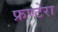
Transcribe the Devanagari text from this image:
फ्रण्टेरा